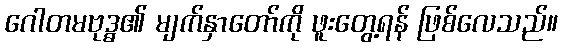
ဂေါတမဗုဒ္ဓ၏ မျက်နှာတော်ကို ဖူးတွေ့ရန် ဖြစ်လေသည်။